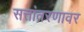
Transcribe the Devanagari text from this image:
सत्तांतरणावर